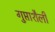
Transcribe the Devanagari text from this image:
गुप्ताशैली